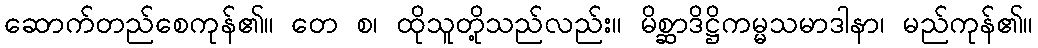
ဆောက်တည်စေကုန်၏။ တေ စ၊ ထိုသူတို့သည်လည်း။ မိစ္ဆာဒိဋ္ဌိကမ္မသမာဒါနာ၊ မည်ကုန်၏။